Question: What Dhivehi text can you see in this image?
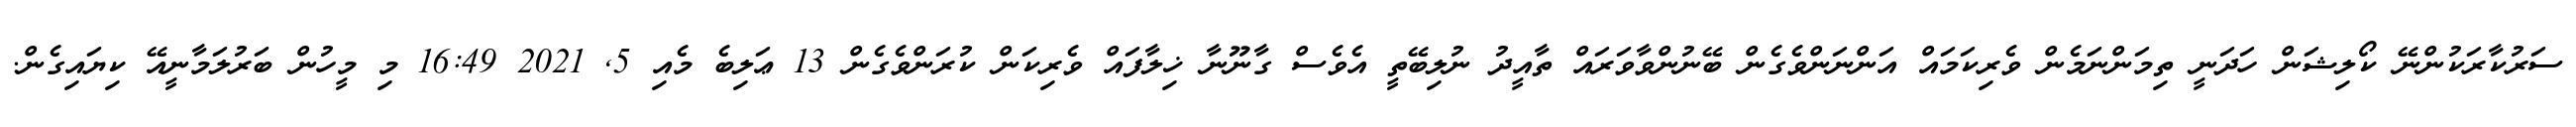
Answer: ސަރުކާރަކުންނޭ ކޯލިޝަން ހަދަނީ ތިމަންނަމެން ވެރިކަމައް އަންނަންވެގެން ބޭނުންވާވަރައް ތާއީދު ނުލިބޭތީ އެވެސް ގާނޫނާ ޚިލާފައް ވެރިކަން ކުރަންވެގެން 13 ޢަލިބެ މެއި 5, 2021 16:49 މި މީހުން ބަރުލަމާނީއޭ ކިޔައިގެން.